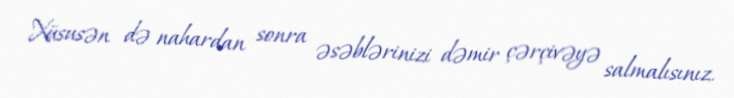
Xüsusən də nahardan sonra əsəblərinizi dəmir çərçivəyə salmalısınız.